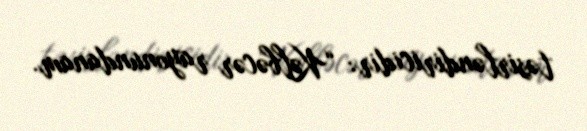
təsirləndiricidir: “Kəlbəcər rayonundanam.